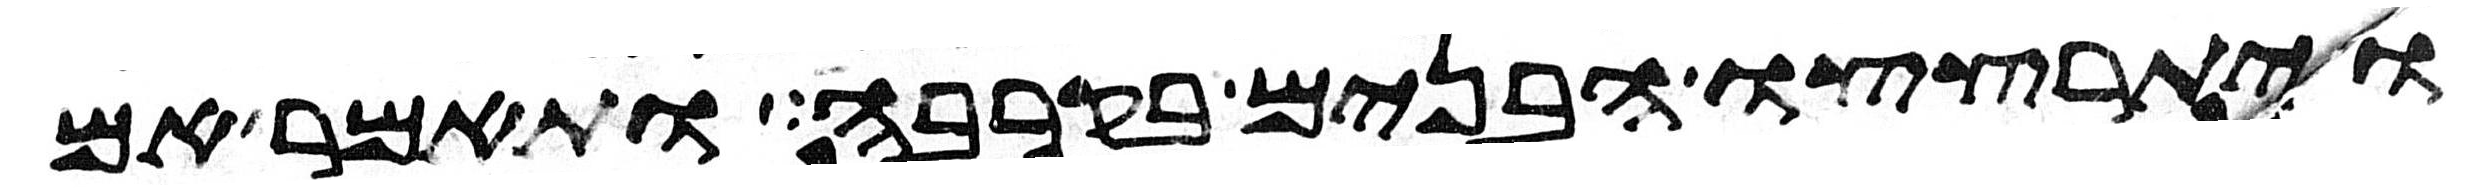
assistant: ויתרצצו הבנים בקרבה ותאמר אם